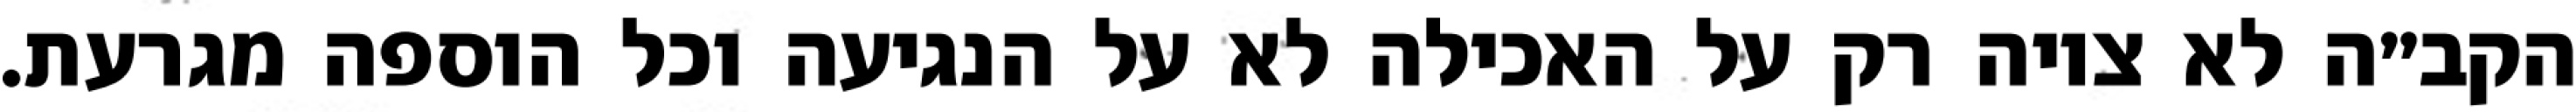
הקב״ה לא ציוה רק על האכילה לא על הנגיעה וכל הוספה מגרעת.